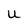
Character: u